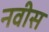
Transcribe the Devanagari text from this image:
नवीस